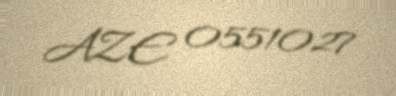
AZE 0551027